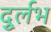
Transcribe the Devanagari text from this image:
दुर्र्लभ